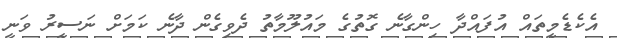
އެކެޑެމީތައް އުފައްދާ ހިންގާނެ ގޮތުގެ މައުލޫމާތު ދެވިގެން ދާނެ ކަމަށް ނަސީރު ވަނީ